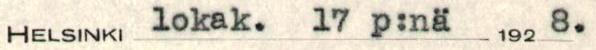
HELSINKI lokak. 17 p:nä 1928.